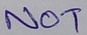
Text: NOT